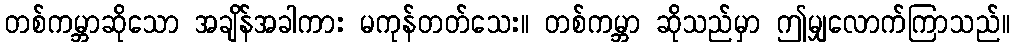
တစ်ကမ္ဘာဆိုသော အချိန်အခါကား မကုန်တတ်သေး။ တစ်ကမ္ဘာ ဆိုသည်မှာ ဤမျှလောက်ကြာသည်။